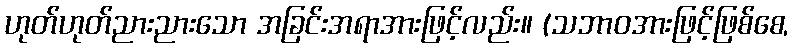
ဟုတ်ဟုတ်ညားညားသော အခြင်းအရာအားဖြင့်လည်း။ (သဘာဝအားဖြင့်ဖြစ်စေ,